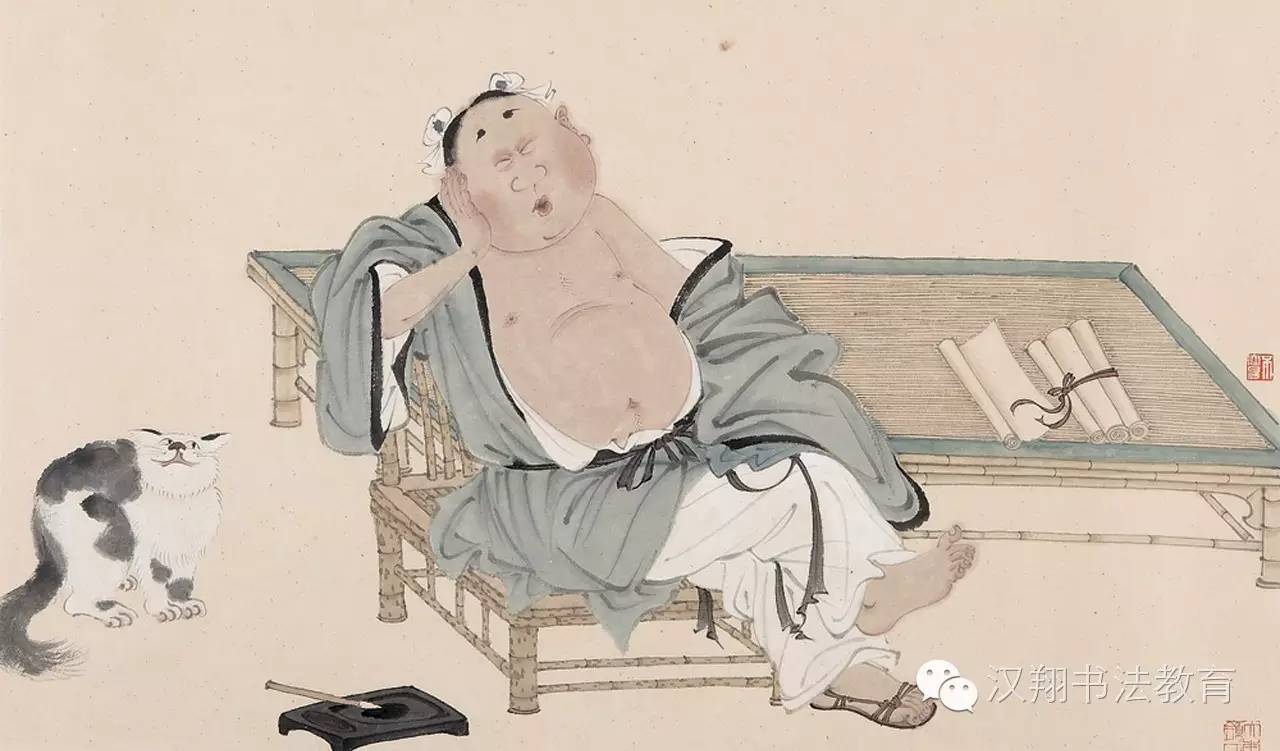
易醉扶头酒，难逢敌手棋。